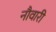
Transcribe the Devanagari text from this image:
नौवारी